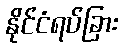
နိုင်ငံရပ်ခြား